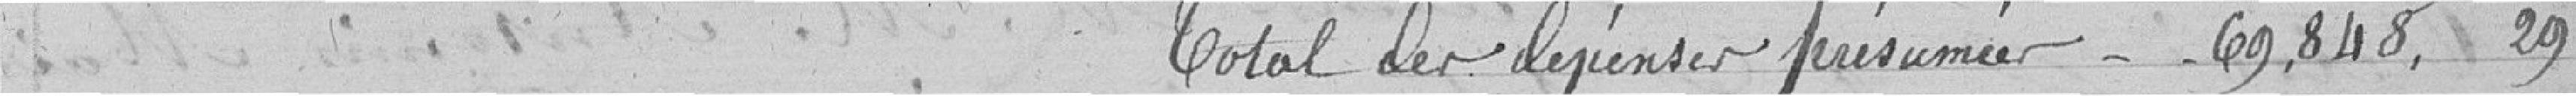
Total des dépenses présumées. 69 848,29